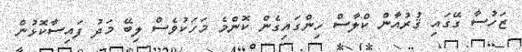
ޒަހުސާ ގޭގައި ޤުރުއާން ކްލާސް ހިންގައިގެން ކޮންމެ މަހަކުވެސް ލިބޭ މަދު ފައިސާކޮޅުން